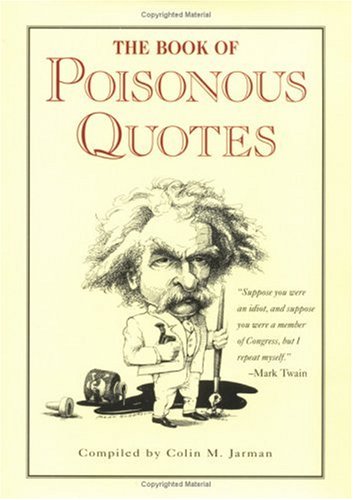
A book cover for The Book of Poisonous Quotes; Colin Jarman; Reference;